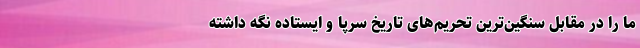
ما را در مقابل سنگین‌ترین تحریم‌های تاریخ سرپا و ایستاده نگه داشته